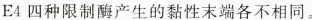
E4四种限制酶产生的黏性末端各不相同。